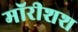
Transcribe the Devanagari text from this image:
मॉरीशश